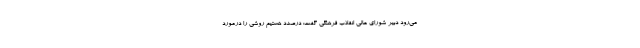
می‌رود دبیر شورای عالی انقلاب فرهنگی گفت: درصدد هستیم روشی را درمورد